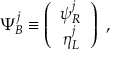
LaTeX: \Psi _ { B } ^ { j } \equiv \left( \begin{array} { c } { { \psi _ { R } ^ { j } } } \\ { { \eta _ { L } ^ { j } } } \end{array} \right) ~ ,